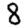
Digit: 8